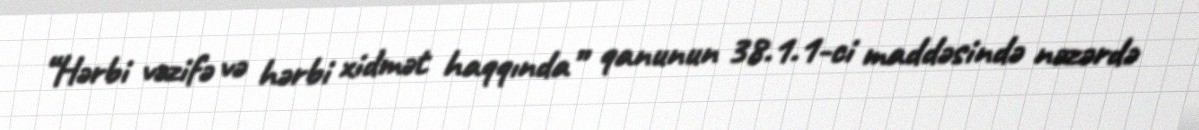
“Hərbi vəzifə və hərbi xidmət haqqında” qanunun 38.1.1-ci maddəsində nəzərdə